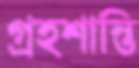
গ্রহশান্তি